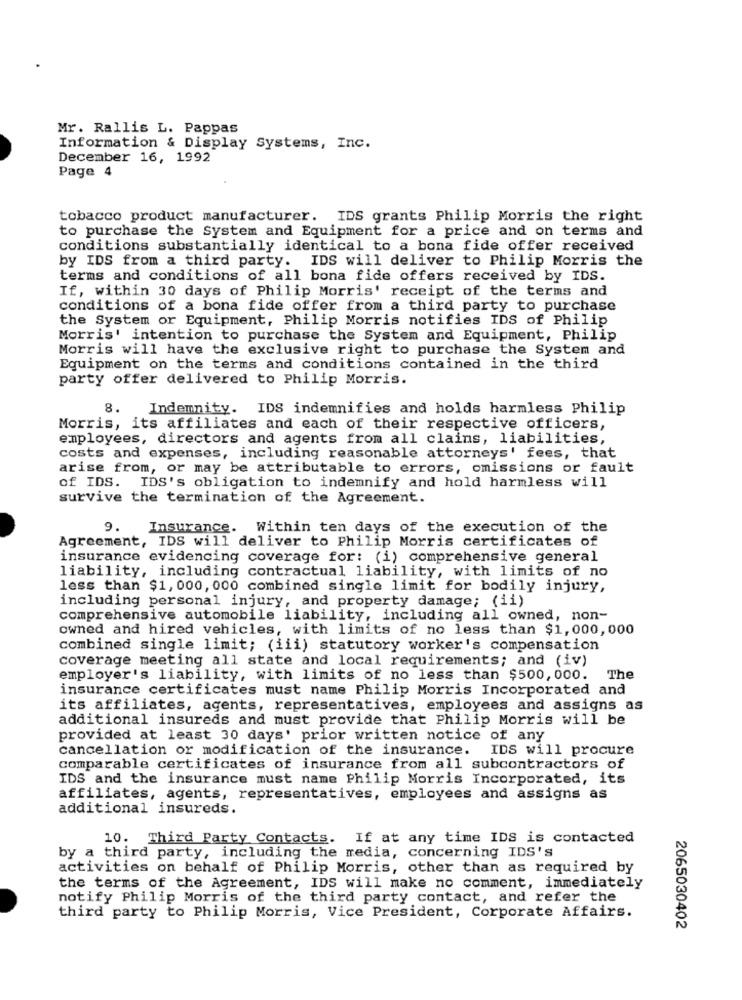
Mr. Rallis L. Pappas
Information & Display Systems, Inc.
December 16, 1992
Page 4
tobacco product manufacturer. IDS grants Philip Morris the right
to purchase the system and Equipment for a price and on terms and
conditions substantially identical to a bona fide offer received
by IDS from a third party. IDS will deliver to Philip Morris the
terms and conditions of all bona fide offers received by IDS.
If, within 30 days of Philip Morris' receipt of the terms and
conditions of a bona fide offer from a third party to purchase
the System or Equipment, Philip Morris notifies IDS of Philip
Morris' intention to purchase the System and Equipment, Philip
Morris will have the exclusive right to purchase the System and
Equipment on the terms and conditions contained in the third
party offer delivered to Philip Morris.
8. Indemnity. IDS indemnifies and holds harmless Philip
Morris, its affiliates and each of their respective officers,
employees, directors and agents from all clains, liabilities,
costs and expenses, including reasonable attorneys' fees, that
arise from, or may be attributable to errors, omissions or fault
of IDS. IDS's obligation to indemnify and hold harmless will
survive the termination of the Agreement.
9.
Insurance. Within ten days of the execution of the
Agreement, IDS will deliver to Philip Morris certificates of
insurance evidencing coverage for: (i) comprehensive general
liability, including contractual liability, with limits of no
less than $1, 000, 000 combined single limit for bodily injury,
including personal injury, and property damage; (ii)
comprehensive automobile liability, including all owned, non-
owned and hired vehicles, with limits of no less than $1, 000,000
combined single limit; (iii) statutory worker's compensation
coverage meeting all state and local requirements; and (iv)
employer's liability, with limits of no less than $500, 000. The
insurance certificates must name Philip Morris Incorporated and
its affiliates, agents, representatives, employees and assigns as
additional insureds and must provide that Philip Morris will be
provided at least 30 days' prior written notice of any
cancellation or modification of the insurance.
IDS will procure
comparable certificates of insurance from all subcontractors of
IDS and the insurance must name Philip Morris Incorporated, its
affiliates, agents, representatives, employees and assigns as
additional insureds.
10. Third Party Contacts. If at any time IDS is contacted
by a third party, including the media, concerning IDS's
activities on behalf of Philip Morris, other than as required by
the terms of the Agreement, IDS will make no comment, immediately
notify Philip Morris of the third party contact, and refer the
third party to Philip Morris, Vice President, Corporate Affairs.
2065030402